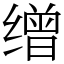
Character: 缯